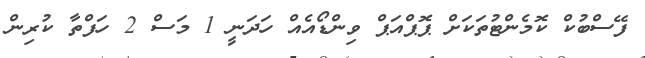
ފޭސްބުކް ކޮމެންޓުތަކަށް ޕޮޕްއަޕް ވިންޑޯއެއް ހަދަނީ 1 މަސް 2 ހަފްތާ ކުރިން